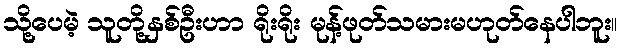
သို့ပေမဲ့ သူတို့နှစ်ဦးဟာ ရိုးရိုး မုန့်ဖုတ်သမားမဟုတ်နေပါဘူး။